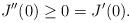
LaTeX: \begin{align*}J^{\prime \prime } (0) \geq 0 = J'(0).\end{align*}